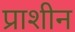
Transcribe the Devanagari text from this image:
प्राशीन